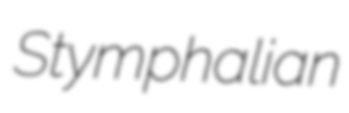
Stymphalian